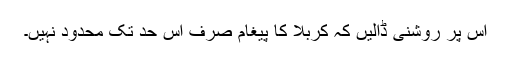
اس پر روشنی ڈالیں کہ کربلا کا پیغام صرف اس حد تک محدود نہیں۔